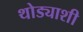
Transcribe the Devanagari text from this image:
थोड्याशी